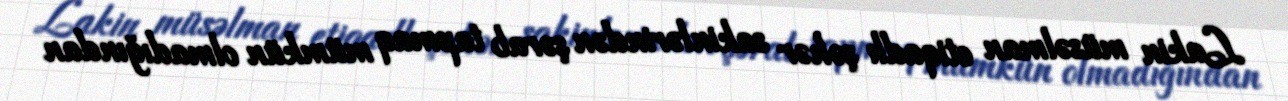
Lakin müsəlman etiqadlı şəhər sakinlərindən şərab tapmaq mümkün olmadığından